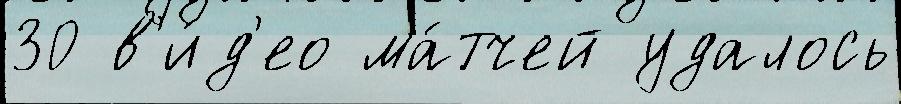
30 в'и́д'ео ма́тчей удалось